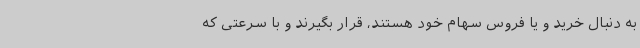
به دنبال خرید و یا فروس سهام خود هستند، قرار بگیرند و با سرعتی که